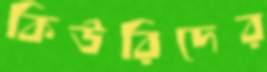
কিউরিদের